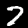
Digit: 7